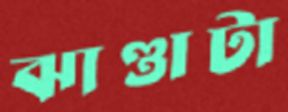
ঝাণ্ডাটা